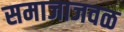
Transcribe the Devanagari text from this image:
समाजाजवळ